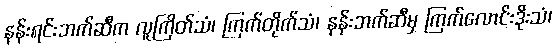
နန်းရင်းဘက်ဆီက လူကြိတ်သံ၊ ကြက်တိုက်သံ၊ နန်းဘက်ဆီမှ ကြက်လောင်းဒိုးသံ၊